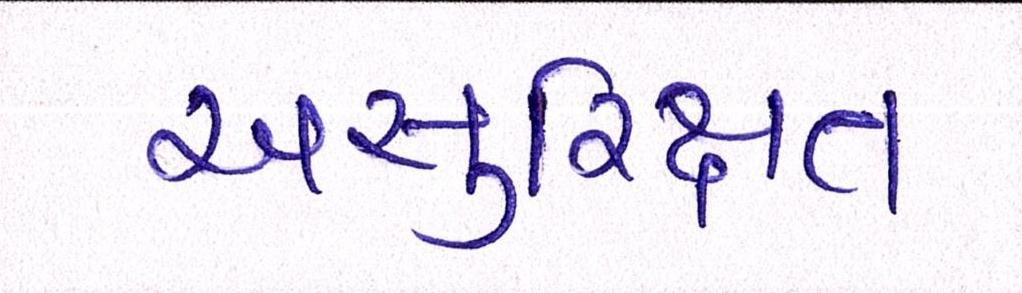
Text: અસુરિક્ષત